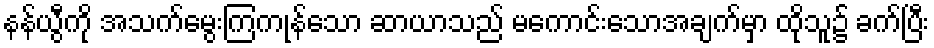
နန်ယွီကို အသက်မွေးကြကုန်သော ဆာယာသည် မကောင်းသောအချက်မှာ ထိုသူ၌ ခက်ပြီး